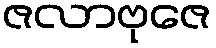
ဇလာဗုဇေ